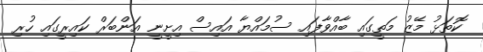
ކޮތަޅު މޭޒު މަތީގައި ބާއްވާފައި ސުމައްޔާ އައިސް އިށީނީ އަންބަރް ކައިރީގައި ހުރި